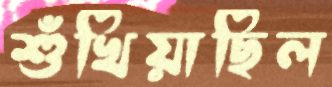
শুঁখিয়াছিল